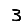
Digit: 3